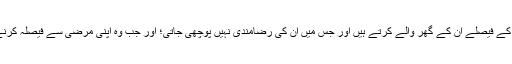
انہوں نے کہا کہ "حال ہی میں سامنے آنے والی ایک رپورٹ کے مطابق تقریباً 90 فیصد خواتین کی شادی کے فیصلے ان کے گھر والے کرتے ہیں اور جس میں ان کی رضامندی نہیں پوچھی جاتی؛ اور جب وہ اپنی مرضی سے فیصلہ کرنے کا اقدام اٹھاتی ہیں تو ان کو قتل کی دھمکی دی جاتی ہے؛ اور بعض اوقات ان کو قتل بھی کر دیا جاتا ہے۔